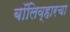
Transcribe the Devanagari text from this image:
बॉलिव्हारचा